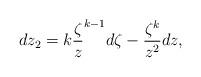
LaTeX: \begin{align*}dz_{2}=k\frac{\zeta }{z}^{k-1}d\zeta -\frac{\zeta ^{k}}{z^{2}}dz, \end{align*}